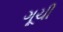
ગૂચી